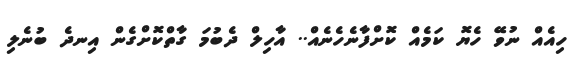
ހިއެއް ނުވޭ ހެޔޮ ކަމެއް ކޮށްފާނެހެނެއް.. އާހިލް ދެބުމަ ގާތްކޮށްގެން އިނދެ ބުނެލި